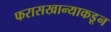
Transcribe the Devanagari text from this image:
फरासखान्याकडून